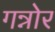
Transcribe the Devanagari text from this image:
गन्नोर